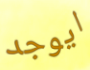
ايوجد